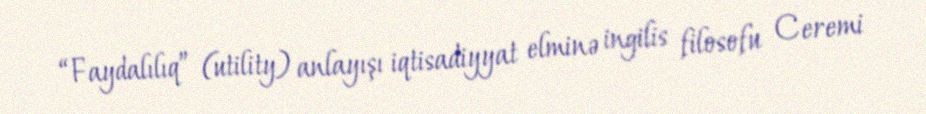
“Faydalılıq” (utility) anlayışı iqtisadiyyat elminə ingilis filosofu Ceremi